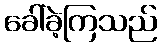
ခေါ်ခဲ့ကြသည်